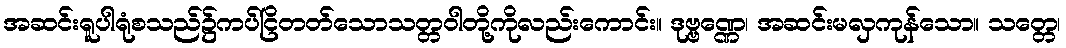
အဆင်းရူပါရုံစသည်၌ကပ်ငြိတတ်သောသတ္တဝါတို့ကိုလည်းကောင်း။ ဒုဗ္ဗဏ္ဏေ၊ အဆင်းမလှကုန်သော။ သတ္တေ၊